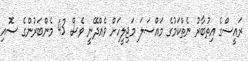
ރައީސްގެ އިތުބާރު ނެތްކަމުގެ މައްސަލަ މަޖިލީހަށް ވެއްދޭނީ ވެސް 43 މެންބަރުންގެ ސޮއި